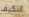
التكيف